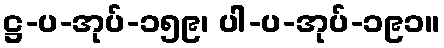
ဋ္ဌ-ပ-အုပ်-၁၅၉၊ ပါ-ပ-အုပ်-၁၉၁။